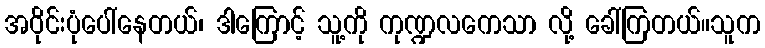
အဝိုင်းပုံပေါ်နေတယ်၊ ဒါကြောင့် သူ့ကို ကုဏ္ဍလကေသာ လို့ ခေါ်ကြတယ်။သူက